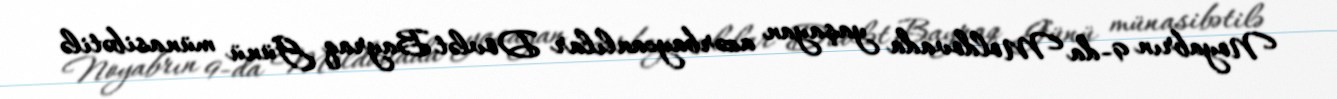
Noyabrın 9-da Moldovada yaşayan azərbaycanlılar Dövlət Bayraq Günü münasibətilə